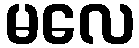
မလေ